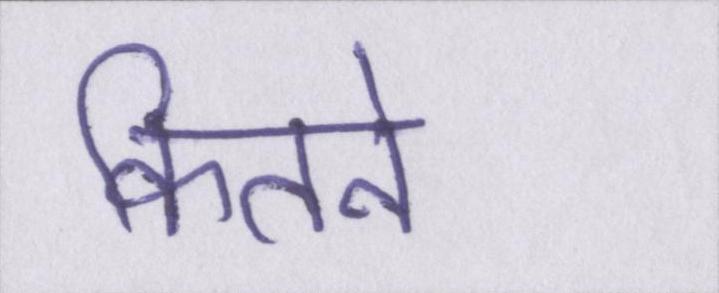
कितने